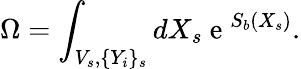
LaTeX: \Omega=\int_{V_{s},\{ Y_{i}\} _{s}}dX_{s}\mathrm{~e~}^{S_{b}(X_{s})}.